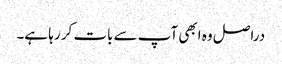
‏ دراصل وہ ابھی آپ سے بات کر رہا ہے۔